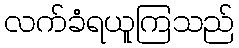
လက်ခံရယူကြသည်